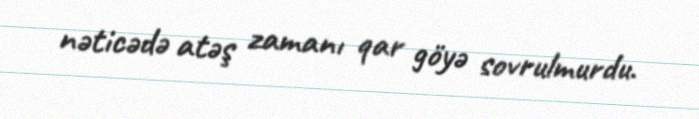
nəticədə atəş zamanı qar göyə sovrulmurdu.